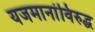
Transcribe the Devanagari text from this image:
यजमानांविरुद्ध